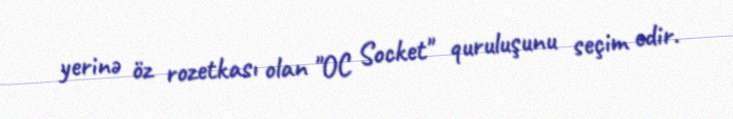
yerinə öz rozetkası olan "OC Socket" quruluşunu seçim edir.